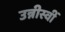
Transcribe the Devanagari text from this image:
उन्नीस्वीं